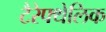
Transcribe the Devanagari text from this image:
टैरेफ्थेलिक